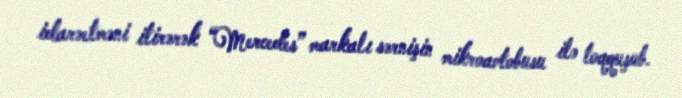
idarəetməni itirərək “Mercedes” markalı sərnişin mikroavtobusu ilə toqquşub.